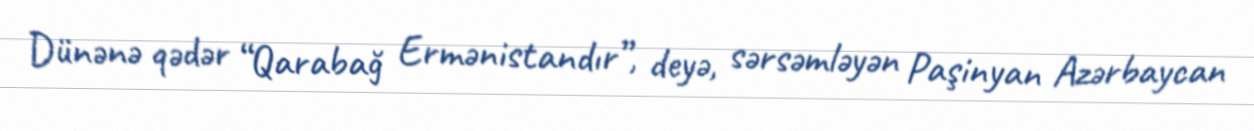
Dünənə qədər “Qarabağ Ermənistandır”, deyə, sərsəmləyən Paşinyan Azərbaycan